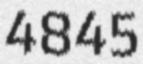
4845